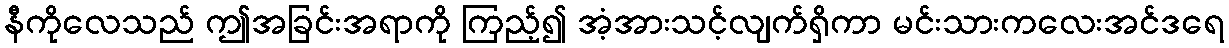
နီကိုလေသည် ဤအခြင်းအရာကို ကြည့်၍ အံ့အားသင့်လျက်ရှိကာ မင်းသားကလေးအင်ဒရေ